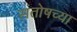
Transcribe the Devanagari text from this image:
संतोषच्या